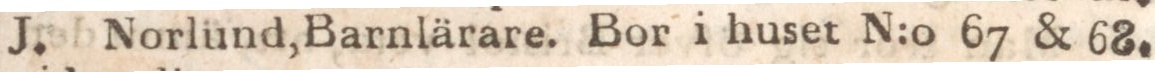
J. Norlund, Barnlärare. Bor i huset N:o 67 & 68.